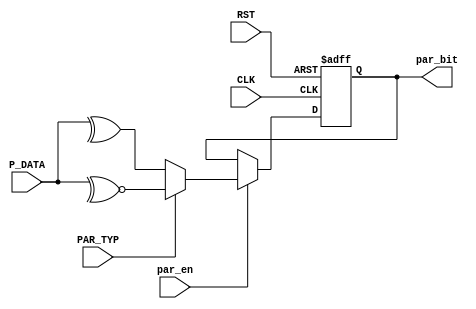
module TX_PARITY_CALC #(
    parameter DATA_WIDTH = 8
)(
    input wire CLK, RST,
    input wire par_en,
    input wire PAR_TYP,
    input wire [DATA_WIDTH-1:0] P_DATA,
    output reg par_bit
);
    
    localparam  EVEN_PARITY  = 'b0;

    always @(posedge CLK or negedge RST) begin
        if(~RST)begin
            par_bit <= 1'b0;
        end
        else if (par_en) begin
            if (PAR_TYP == EVEN_PARITY) begin
                par_bit <= ^P_DATA;
            end
            else  begin /*Odd Parity*/
                par_bit <= ~^P_DATA;
            end
        end
    end
endmodule